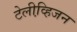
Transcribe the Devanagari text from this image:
टेलीव्हि़जन